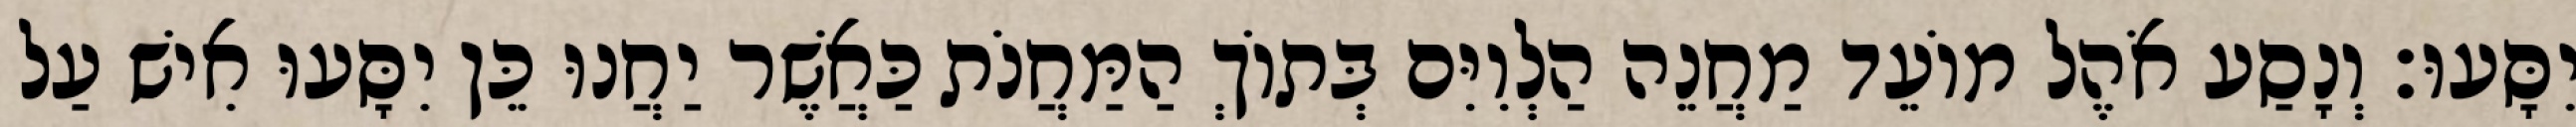
יִסָּעוּ׃ וְנָסַע אֹהֶל מוֹעֵד מַחֲנֵה הַלְוִיִּם בְּתוֹךְ הַמַּחֲנֹת כַּאֲשֶׁר יַחֲנוּ כֵּן יִסָּעוּ אִישׁ עַל